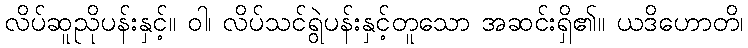
လိပ်ဆူညိုပန်းနှင့်။ ဝါ၊ လိပ်သင်ရွဲပန်းနှင့်တူသော အဆင်းရှိ၏။ ယဒိဟောတိ၊